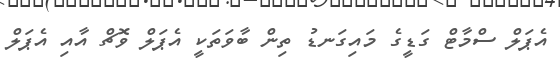
އެޕަލް ސްމާޓް ގަޑީގެ މައިގަނޑު ތިން ބާވަތަކީ އެޕަލް ވޮޗް އާއި އެޕަލް